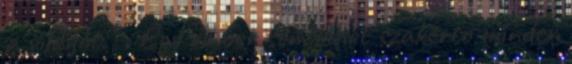
a világot.” . Egy ember sem lehet szakértő minden